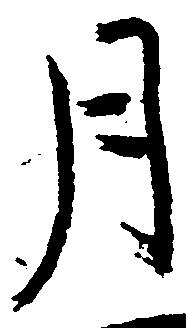
月